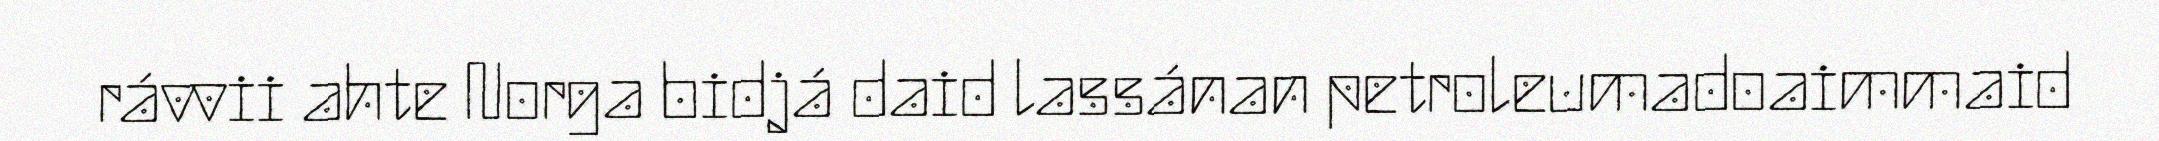
rávvii ahte Norga bidjá daid lassánan petroleumadoaimmaid